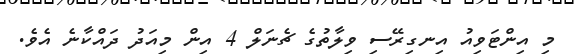
މި އިންޓަވިއު އިނގިރޭސި ވިލާތުގެ ޗެނަލް 4 އިން މިއަދު ދައްކާނެ އެވެ.